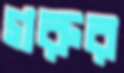
গরুর